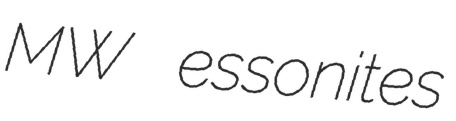
MW essonites